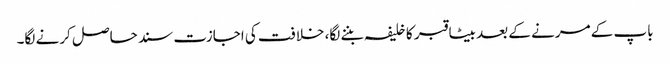
باپ کے مرنے کے بعد بیٹا قبر کا خلیفہ بننے لگا، خلافت کی اجازت سند حاصل کرنے لگا۔